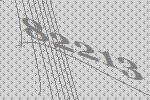
82213